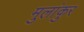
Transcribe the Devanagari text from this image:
मुलांकुर